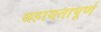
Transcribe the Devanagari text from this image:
सहायतापूर्ण